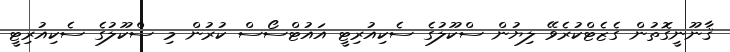
ޤާނޫނީގޮތުން ގެޒެޓްކުރެވޭ ލިޔުން ސްކޫލުގެ ސެކިއުރިޓީ އައުޓްސޯސް ކުރުން މި ސްކޫލުގެ ސެކިއުރިޓީ